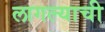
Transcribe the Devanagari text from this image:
लागल्याची